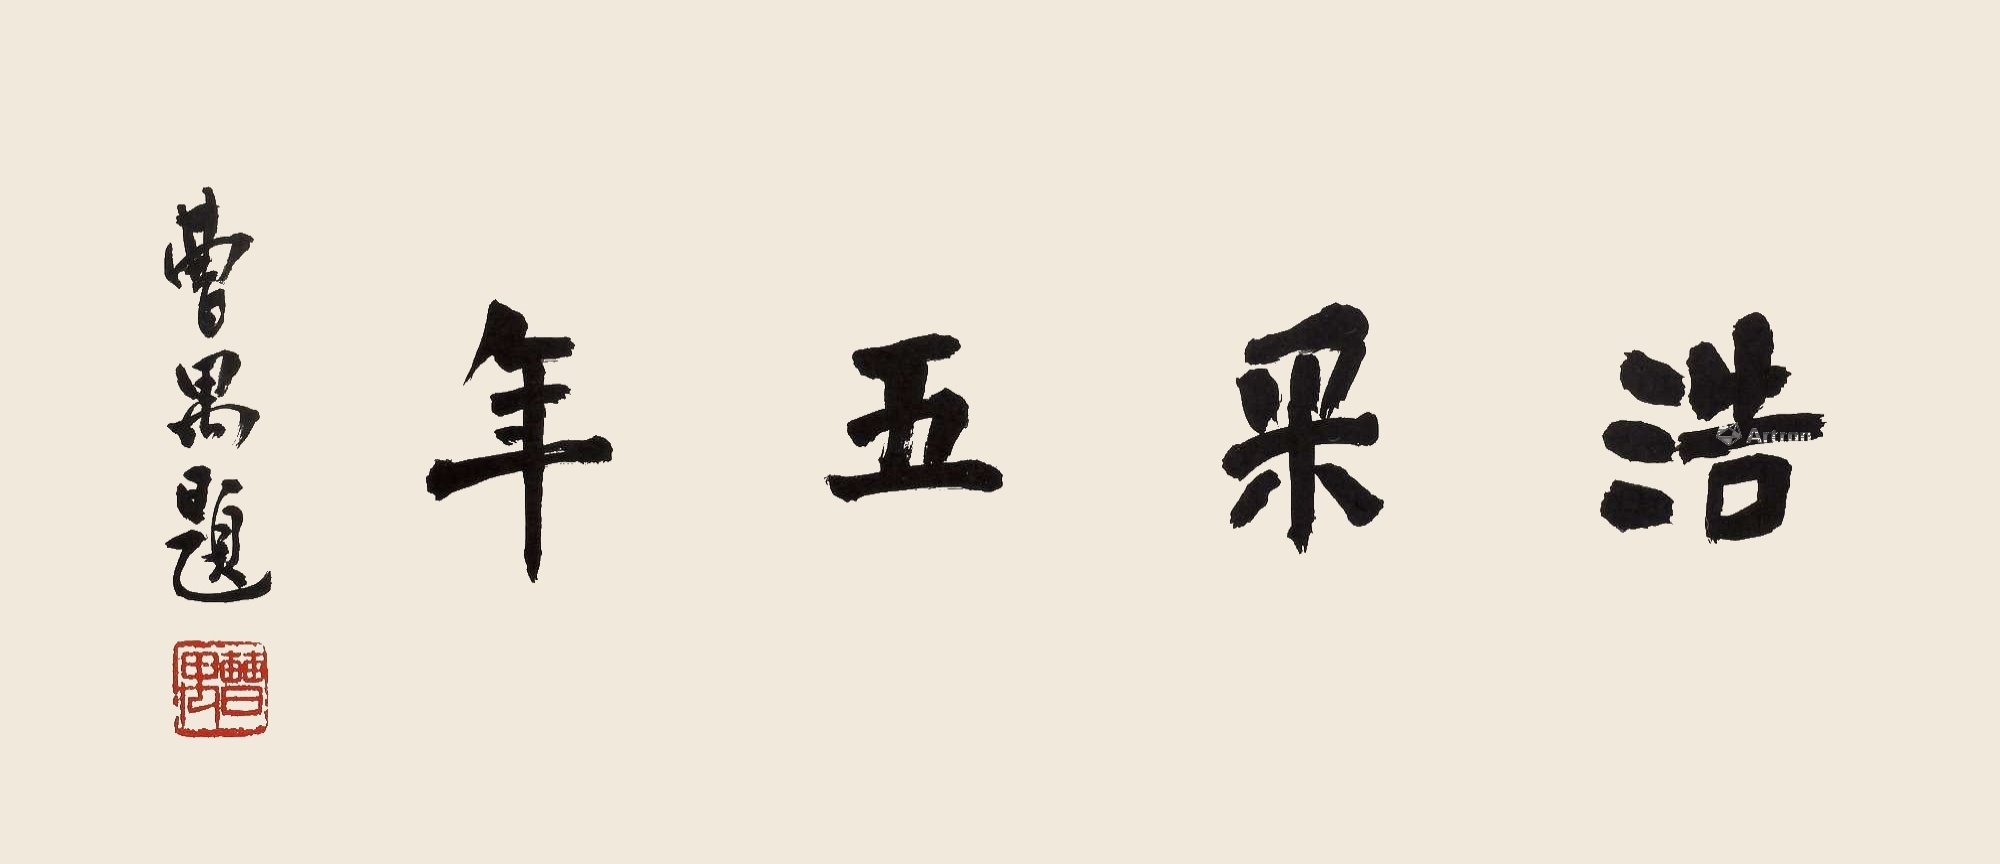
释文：浩采五年曹禺题。